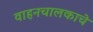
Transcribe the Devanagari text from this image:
वाहनचालकाचे